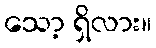
သော့ ရှိလား။